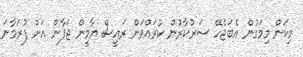
މިކަން މިމަގުން އެބަޖެހޭ ސަރުކާރުން ކުރައްވަން ރައީސް ޔާމީން ޖަޕާން އަށް ފުރަމާނަ